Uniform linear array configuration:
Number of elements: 32
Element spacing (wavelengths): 1
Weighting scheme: kaiser
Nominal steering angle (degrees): -15
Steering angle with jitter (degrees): -15.446
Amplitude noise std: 0.05
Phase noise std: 0.05

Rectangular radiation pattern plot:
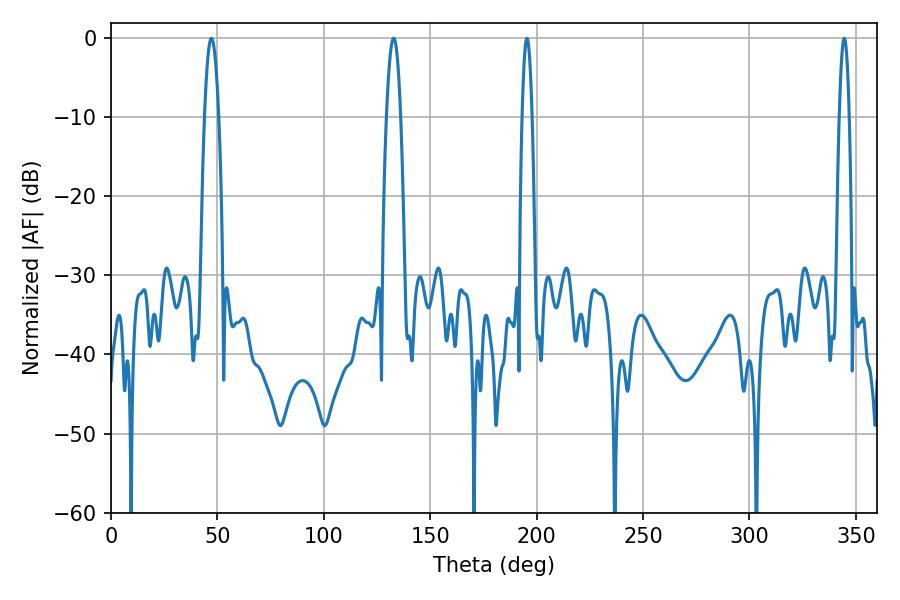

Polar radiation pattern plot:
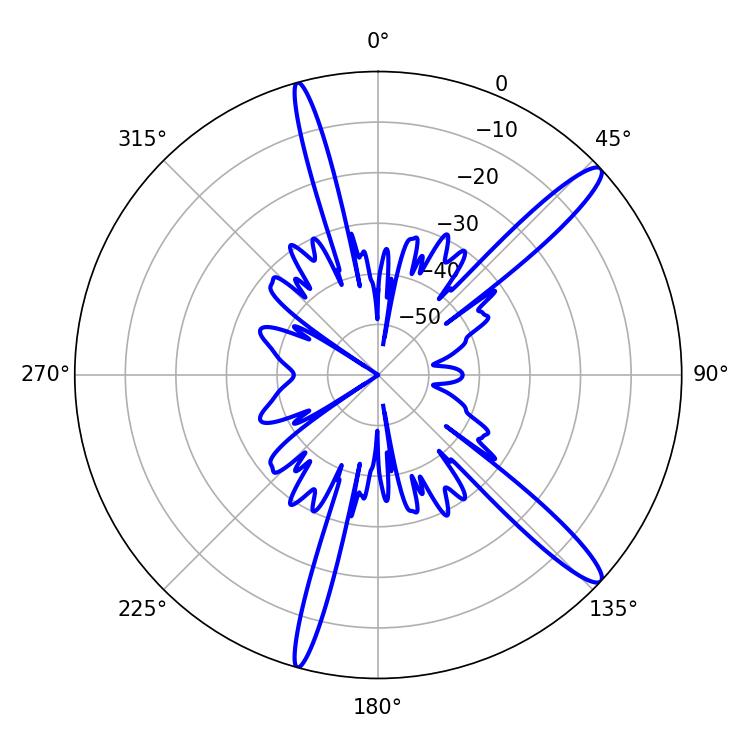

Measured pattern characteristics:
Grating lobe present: TRUE
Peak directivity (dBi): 14.198
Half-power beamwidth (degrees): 3.6
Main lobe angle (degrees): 132.84